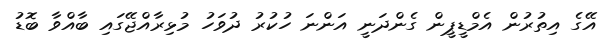
އޭގެ އިތުރުން އެމްޑީޕީން ގެންދަނީ އަންނަ ހުކުރު ދުވަހު މުޅިރާއްޖޭގައި ބާއްވާ ބޮޑު